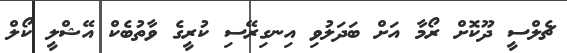
ޗެލްސީ ދޫކޮށް ރޯމާ އަށް ބަދަލުވި އިނގިރޭސި ކުރީގެ ވާތުބެކް އޭޝްލީ ކޯލް